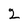
Character: 2